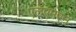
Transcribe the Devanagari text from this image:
एलएमएन